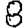
Digit: 8